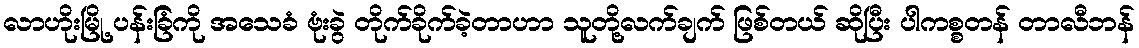
လာဟိုးမြို့ ပန်းခြံကို အသေခံ ဗုံးခွဲ တိုက်ခိုက်ခဲ့တာဟာ သူတို့လက်ချက် ဖြစ်တယ် ဆိုပြီး ပါကစ္စတန် တာလီဘန်